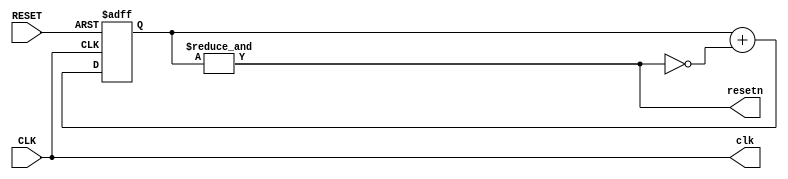
module Clockworks 
(
   input  wire CLK,   // clock pin of the board
   input  wire RESET, // reset pin of the board
   output wire clk,   // (optionally divided) clock for the design.
                      // divided if SLOW is different from zero.
   output wire resetn // (optionally timed) negative reset for the design
);               
   parameter SLOW=0;

   generate

/****************************************************

 Slow speed mode.
 - Create a clock divider to let observe what happens.
 - Nothing special to do for reset
 
 ****************************************************/
      if(SLOW != 0) begin
	 // Factor is 1 << slow_bit.
	 // Since simulation is approx. 16 times slower than
	 // actual device we use different factor for bosh.
`ifdef BENCH
   localparam slow_bit=SLOW-4;
`else
   localparam slow_bit=SLOW;
`endif
	 reg [slow_bit:0] slow_CLK = 0;
	 always @(posedge CLK) begin
	    slow_CLK <= slow_CLK + 1;
	 end
	 assign clk = slow_CLK[slow_bit];

`ifdef NEGATIVE_RESET
	 assign resetn = RESET;
`else
	 assign resetn = !RESET;
`endif


/****************************************************

 High speed mode.
 - Nothing special to do for the clock
 - A timer that resets the design during the first
   few microseconds, because reading in Ice40 BRAM 
   during the first few microseconds returns garbage !
   (made me bang my head against the wall).
 
 ****************************************************/
	 
      end else begin 
	
`ifdef CPU_FREQ
        femtoPLL #(
          .freq(`CPU_FREQ)
        ) pll(
           .pclk(CLK),
           .clk(clk)
	);
`else
        assign clk=CLK;
`endif


// Preserve resources on Ice40HX1K (IceStick) with 
// carefully tuned counter (12 bits suffice). 
// For other FPGAs, use larger counter.
`ifdef ICE_STICK
	 reg [11:0] 	    reset_cnt = 0;
`else   
	 reg [15:0] 	    reset_cnt = 0;
`endif   
	 assign resetn = &reset_cnt;

`ifdef NEGATIVE_RESET
	 always @(posedge clk,negedge RESET) begin
	    if(!RESET) begin
	       reset_cnt <= 0;
	    end else begin
	       reset_cnt <= reset_cnt + !resetn;
	    end
	 end
`else   
	 always @(posedge clk,posedge RESET) begin
	    if(RESET) begin
	       reset_cnt <= 0;
	    end else begin
	       /* verilator lint_off WIDTH */
	       reset_cnt <= reset_cnt + !resetn;
	       /* verilator lint_on WIDTH */	       
	    end
	 end
`endif   
      end
   endgenerate

endmodule